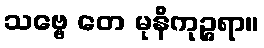
သဗ္ဗေ တေ မုနိကုဉ္ဇရာ။